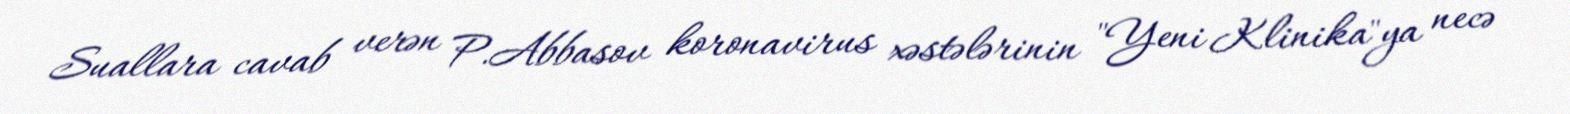
Suallara cavab verən P.Abbasov koronavirus xəstələrinin "Yeni Klinika"ya necə